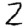
Digit: 2